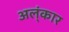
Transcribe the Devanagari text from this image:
अल्ंकार